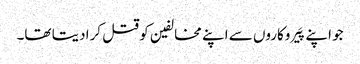
جو اپنے پَیروکاروں سے اپنے مخالفین کو قتل کرا دیتا تھا۔